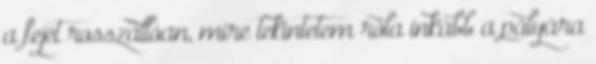
a fejét rosszallóan, mire tekintetem róla inkább a pályára